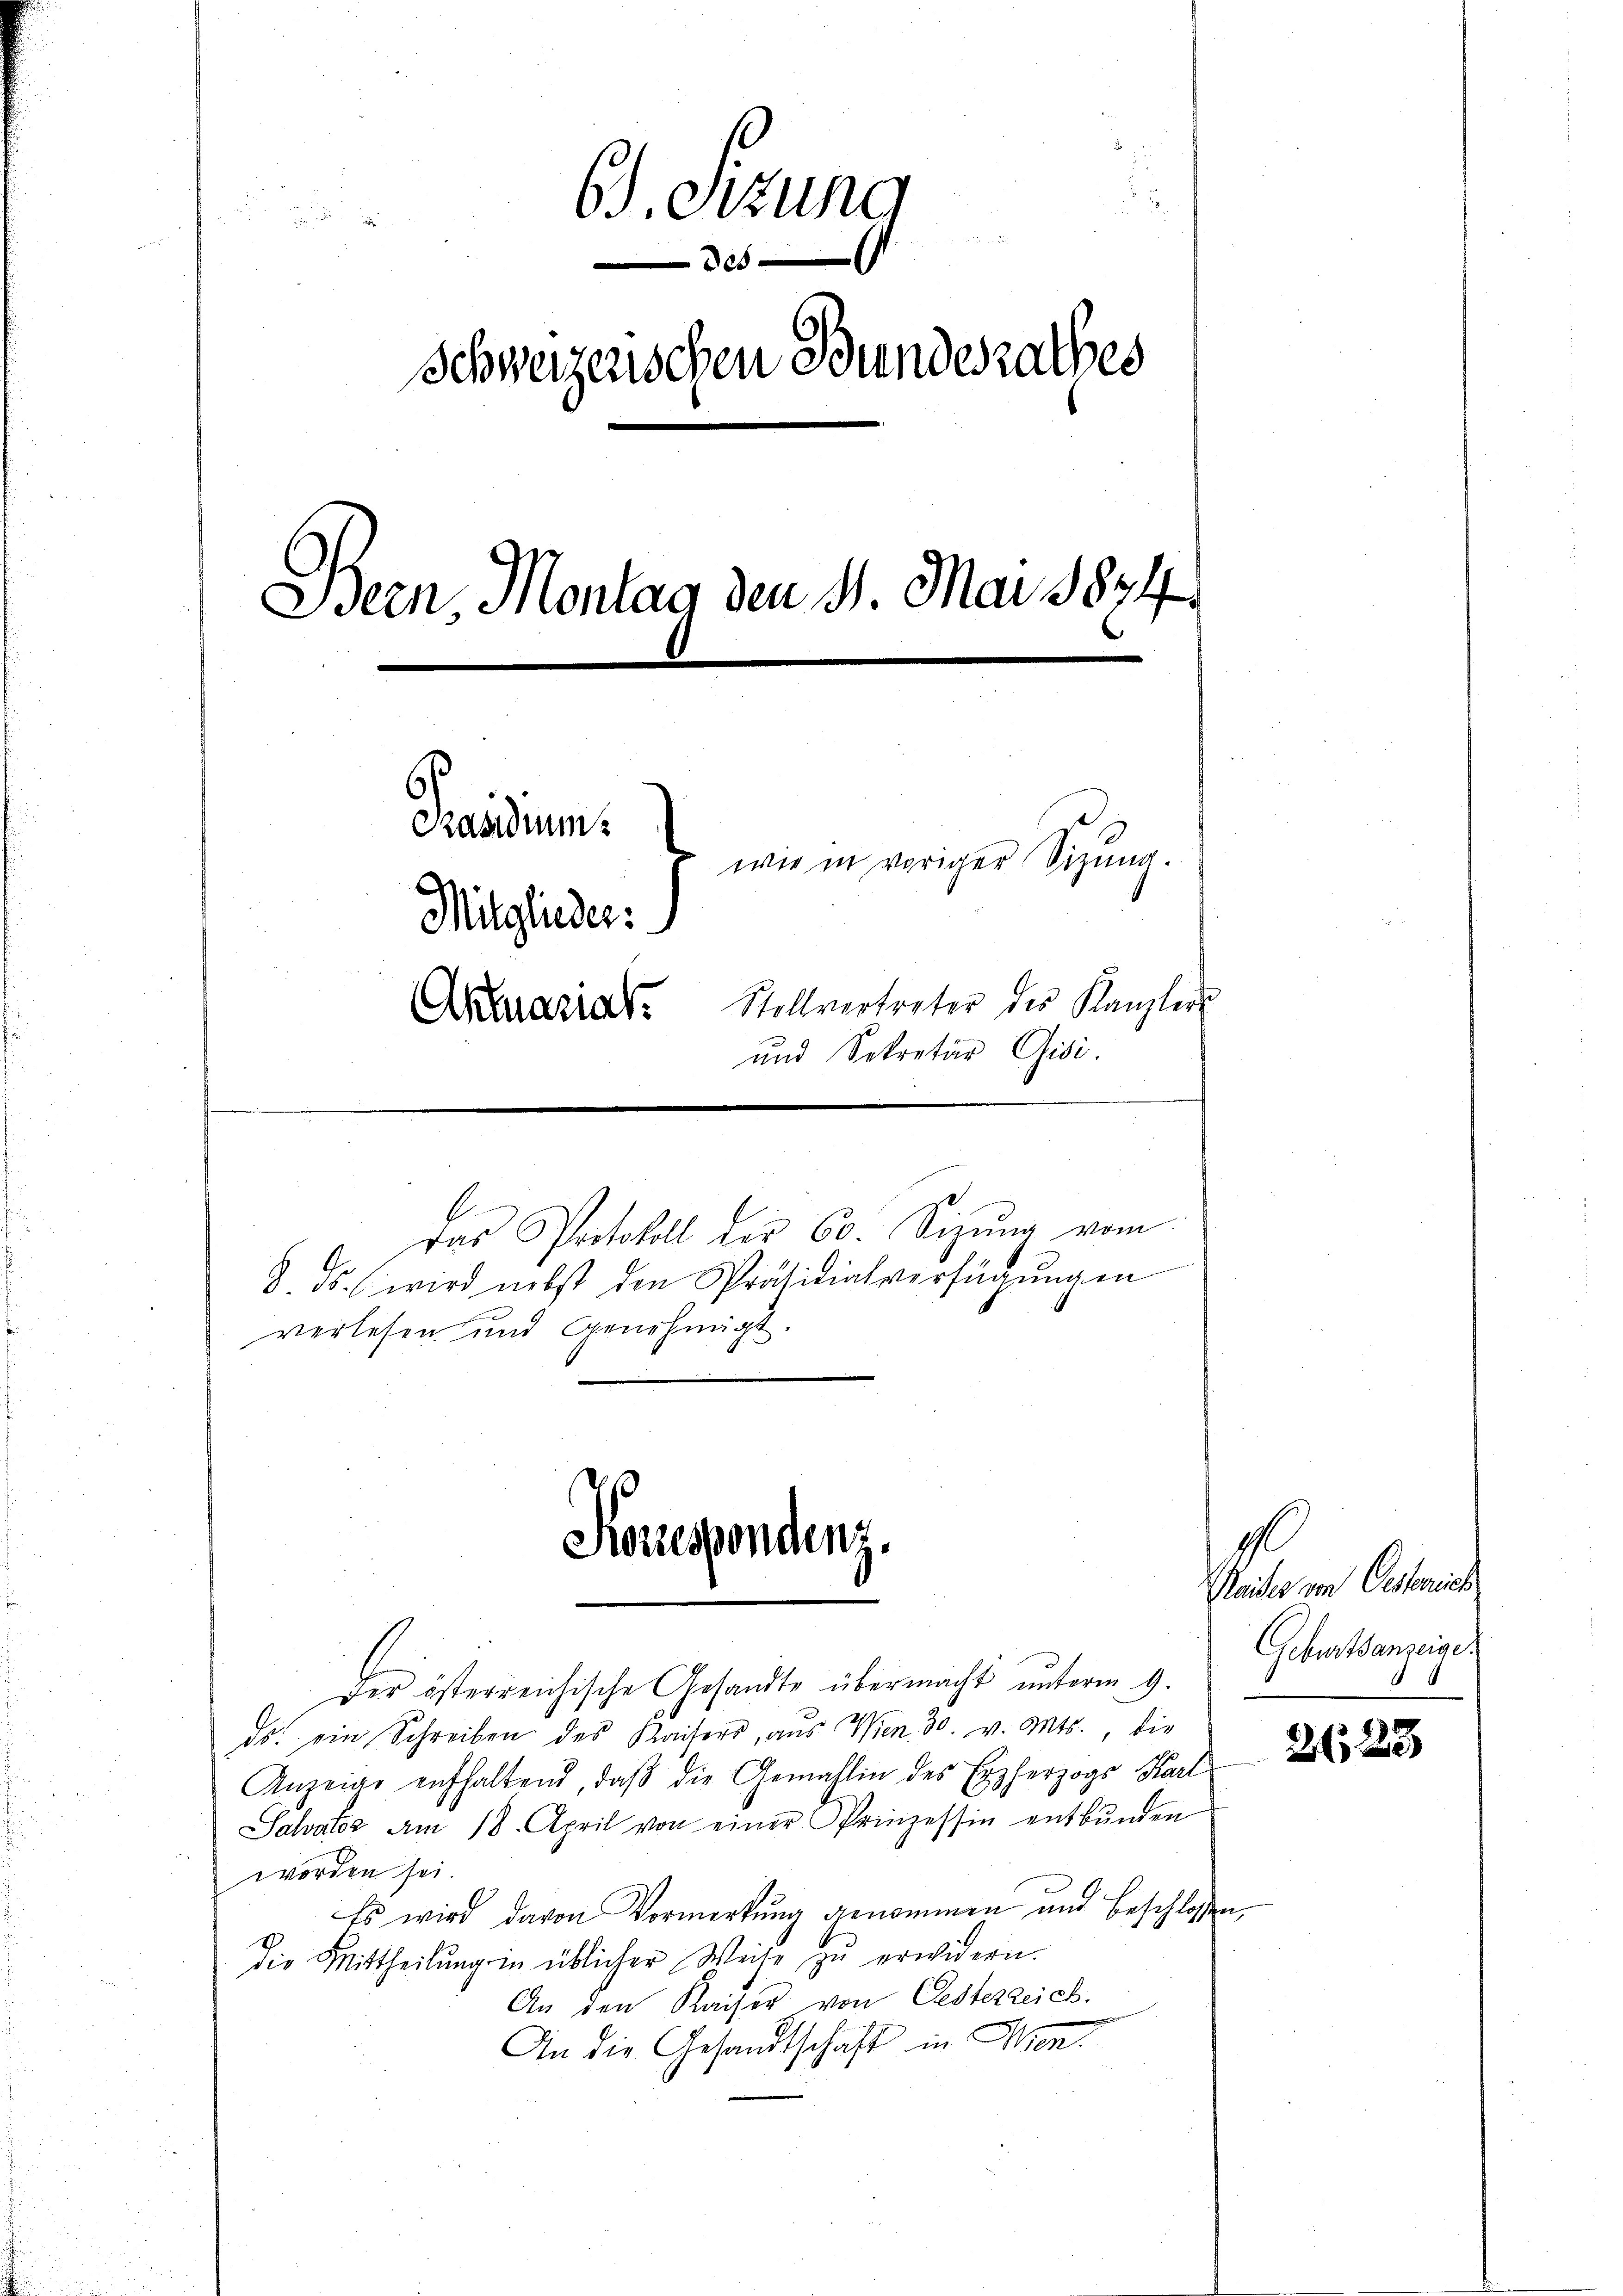
.). Sitzung
n

Schweizenschen Bundesrathes
Bern, Montag den 4. Mai 1874.
Rasidium
wie in voriger Sitzung.
Mitglieder.
Stollvertreter des Kanzler
Aktuariat
und Sekretär Gisi.

Korrespondenz.

Das Protokoll der 60. Sizŭng vom

b
8. ds. 6 wird nebst den Präsidialverfügŭngen
verlesen und Genehmigt.

der österreichische Gesandte übermacht unterm 9.
ds. ein Schreiben des Kaisers, aus Wien 30. v. Mts., die
Anzeige aufhaltend, daβ die Gemahlin des Erzherzogs Karl
Sahatz am 18. April von einer Prinzessin entbŭnden
worden sei.
Es wird davon Vormerkung genommen und beschlossen,
die Mittheilung in üblicher Weise zu erwidern.
An den Kaiser von Oesterzeich.
An die Gesandtschaft in Wien.

1
Meider von Oesterrich
Geburtsanzeigen
.

2123